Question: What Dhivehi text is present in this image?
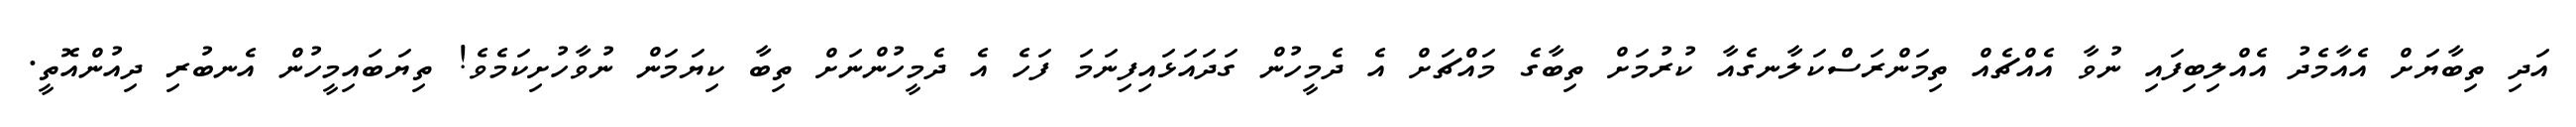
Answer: އަދި ތިބާޔަށް އެއާމެދު އެއްލިބިފައި ނުވާ އެއްޗެއް ތިމަންރަސްކަލާނގެއާ ކުރުމަށް ތިބާގެ މައްޗަށް އެ ދެމީހުން ގަދައަޅައިފިނަމަ ފަހެ އެ ދެމީހުންނަށް ތިބާ ކިޔަމަން ނުވާހުށިކަމެވެ! ތިޔަބައިމީހުން އެނބުރި ދިއުންއޮތީ.